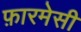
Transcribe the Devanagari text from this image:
फ़ारमेसी